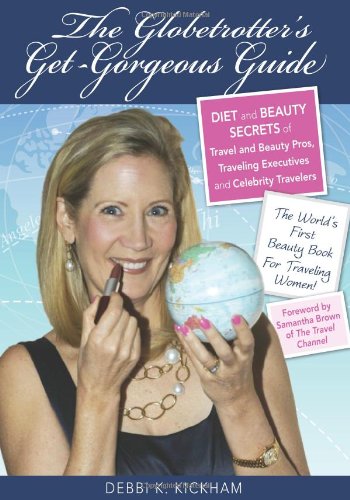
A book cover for The Globetrotter's Get-Gorgeous Guide: Diet and Beauty Secrets of Travel and Beauty Pros, Traveling Executives and Celebrity Travelers; Debbi K. Kickham; Crafts, Hobbies & Home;